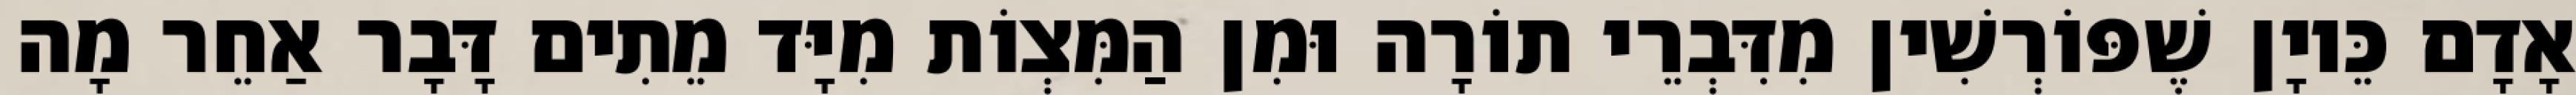
אָדָם כֵּיוָן שֶׁפּוֹרְשִׁין מִדִּבְרֵי תוֹרָה וּמִן הַמִּצְוֹת מִיָּד מֵתִים דָּבָר אַחֵר מָה